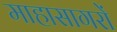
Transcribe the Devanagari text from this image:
माहासागरों